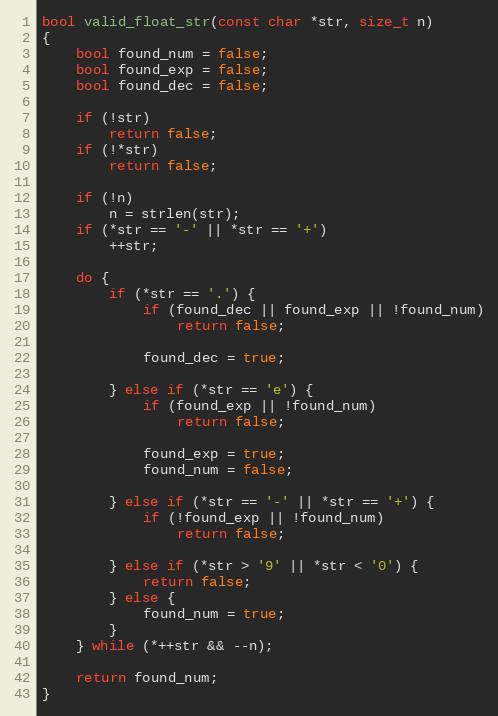
Language: C
bool valid_float_str(const char *str, size_t n)
{
	bool found_num = false;
	bool found_exp = false;
	bool found_dec = false;

	if (!str)
		return false;
	if (!*str)
		return false;

	if (!n)
		n = strlen(str);
	if (*str == '-' || *str == '+')
		++str;

	do {
		if (*str == '.') {
			if (found_dec || found_exp || !found_num)
				return false;

			found_dec = true;

		} else if (*str == 'e') {
			if (found_exp || !found_num)
				return false;

			found_exp = true;
			found_num = false;

		} else if (*str == '-' || *str == '+') {
			if (!found_exp || !found_num)
				return false;

		} else if (*str > '9' || *str < '0') {
			return false;
		} else {
			found_num = true;
		}
	} while (*++str && --n);

	return found_num;
}